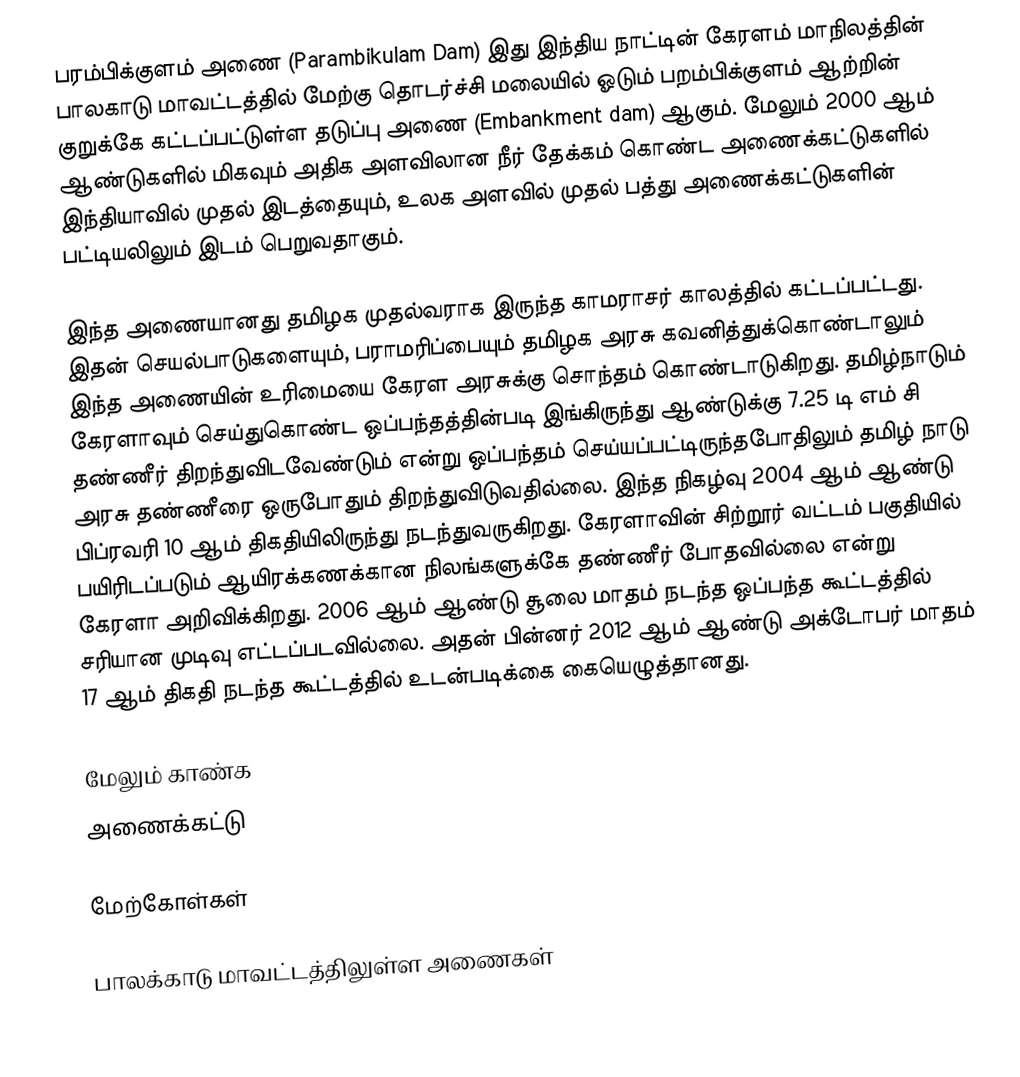
பரம்பிக்குளம் அணை (Parambikulam Dam) இது இந்திய நாட்டின் கேரளம் மாநிலத்தின் பாலகாடு மாவட்டத்தில் மேற்கு தொடர்ச்சி மலையில் ஓடும் பறம்பிக்குளம் ஆற்றின் குறுக்கே கட்டப்பட்டுள்ள தடுப்பு அணை (Embankment dam) ஆகும். மேலும் 2000 ஆம் ஆண்டுகளில் மிகவும் அதிக அளவிலான நீர் தேக்கம் கொண்ட அணைக்கட்டுகளில் இந்தியாவில் முதல் இடத்தையும், உலக அளவில் முதல் பத்து அணைக்கட்டுகளின் பட்டியலிலும் இடம் பெறுவதாகும்.

இந்த அணையானது தமிழக முதல்வராக இருந்த காமராசர் காலத்தில் கட்டப்பட்டது. இதன் செயல்பாடுகளையும், பராமரிப்பையும் தமிழக அரசு கவனித்துக்கொண்டாலும் இந்த அணையின் உரிமையை கேரள அரசுக்கு சொந்தம் கொண்டாடுகிறது. தமிழ்நாடும் கேரளாவும் செய்துகொண்ட ஒப்பந்தத்தின்படி  இங்கிருந்து ஆண்டுக்கு 7.25 டி எம் சி தண்ணீர் திறந்துவிடவேண்டும் என்று ஒப்பந்தம் செய்யப்பட்டிருந்தபோதிலும் தமிழ் நாடு அரசு தண்ணீரை ஒருபோதும் திறந்துவிடுவதில்லை. இந்த நிகழ்வு 2004 ஆம் ஆண்டு பிப்ரவரி 10 ஆம் திகதியிலிருந்து நடந்துவருகிறது. கேரளாவின் சிற்றூர் வட்டம் பகுதியில் பயிரிடப்படும் ஆயிரக்கணக்கான நிலங்களுக்கே தண்ணீர் போதவில்லை என்று கேரளா அறிவிக்கிறது. 2006 ஆம் ஆண்டு சூலை மாதம் நடந்த ஒப்பந்த கூட்டத்தில் சரியான முடிவு எட்டப்படவில்லை. அதன் பின்னர் 2012 ஆம் ஆண்டு அக்டோபர் மாதம் 17 ஆம் திகதி நடந்த கூட்டத்தில் உடன்படிக்கை கையெழுத்தானது.

மேலும் காண்க
 அணைக்கட்டு

மேற்கோள்கள்

பாலக்காடு மாவட்டத்திலுள்ள அணைகள்